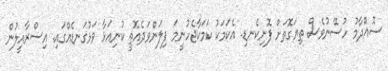
ސޮއްދާމު ހުސޭނުވެސް ތިޔަގޮތަށް ފޮނިކެނޑި. އެކަމަކު ކަމަކާޖެހުނީމަ ފިލަންވަދެއޮތީ ކުނިއަޅާ ވަޅުގަނޑެއްގައި. އިސްރާއީލުން